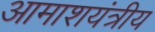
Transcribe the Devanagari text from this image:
आमाशयंत्रीय